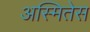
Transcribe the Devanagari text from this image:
अस्मितेस